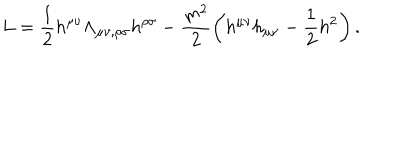
L = \frac { 1 } { 2 } h ^ { \mu \nu } \Lambda _ { \mu \nu , \rho \sigma } h ^ { \rho \sigma } - \frac { m ^ { 2 } } { 2 } \left( h ^ { \mu \nu } h _ { \mu \nu } - \frac { 1 } { 2 } h ^ { 2 } \right) .